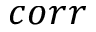
c o r r